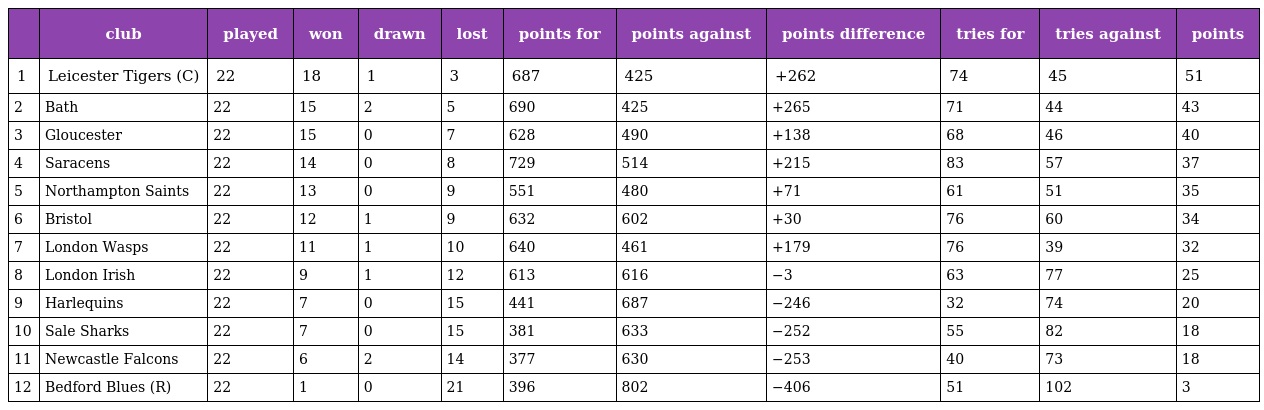
|  | club | played | won | drawn | lost | points for | points against | points difference | tries for | tries against | points |
 | --- | --- | --- | --- | --- | --- | --- | --- | --- | --- | --- | --- |
 | 1 | Leicester Tigers (C) | 22 | 18 | 1 | 3 | 687 | 425 | +262 | 74 | 45 | 51 |
 | 2 | Bath | 22 | 15 | 2 | 5 | 690 | 425 | +265 | 71 | 44 | 43 |
 | 3 | Gloucester | 22 | 15 | 0 | 7 | 628 | 490 | +138 | 68 | 46 | 40 |
 | 4 | Saracens | 22 | 14 | 0 | 8 | 729 | 514 | +215 | 83 | 57 | 37 |
 | 5 | Northampton Saints | 22 | 13 | 0 | 9 | 551 | 480 | +71 | 61 | 51 | 35 |
 | 6 | Bristol | 22 | 12 | 1 | 9 | 632 | 602 | +30 | 76 | 60 | 34 |
 | 7 | London Wasps | 22 | 11 | 1 | 10 | 640 | 461 | +179 | 76 | 39 | 32 |
 | 8 | London Irish | 22 | 9 | 1 | 12 | 613 | 616 | −3 | 63 | 77 | 25 |
 | 9 | Harlequins | 22 | 7 | 0 | 15 | 441 | 687 | −246 | 32 | 74 | 20 |
 | 10 | Sale Sharks | 22 | 7 | 0 | 15 | 381 | 633 | −252 | 55 | 82 | 18 |
 | 11 | Newcastle Falcons | 22 | 6 | 2 | 14 | 377 | 630 | −253 | 40 | 73 | 18 |
 | 12 | Bedford Blues (R) | 22 | 1 | 0 | 21 | 396 | 802 | −406 | 51 | 102 | 3 |